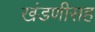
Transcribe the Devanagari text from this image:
खंडणीसह